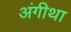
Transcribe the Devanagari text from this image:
अंगीथा